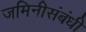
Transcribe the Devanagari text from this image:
जमिनीसंबंधी